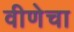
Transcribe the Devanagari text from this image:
वीणेचा